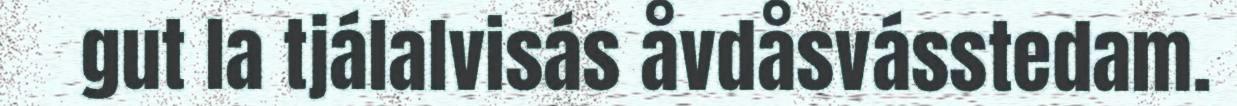
gut la tjálalvisás åvdåsvásstedam.